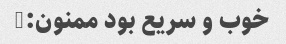
خوب و سریع بود ممنون:)